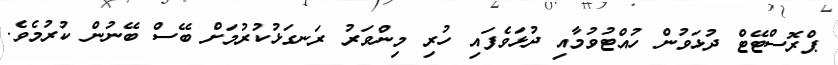
ޕްރޮސްޓޭޓް ދުޅަވުން ހުއްޓުވުމާއި ދުޅަވެފައި ހުރި މިންވަރު ރަނގަޅުކުރުމަށް ބޭސް ބޭނުން ކުރުމެވެ.